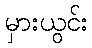
မှားယွင်း